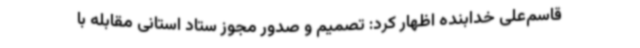
قاسم‌علی خدابنده اظهار کرد: تصمیم و صدور مجوز ستاد استانی مقابله با